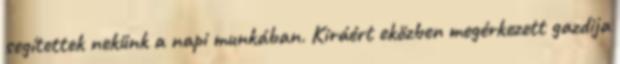
segítettek nekünk a napi munkában. Kiráért eközben megérkezett gazdija